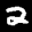
Label: 2